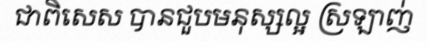
ជាពិសេស បានជួបមនុស្សល្អ ស្រឡាញ់